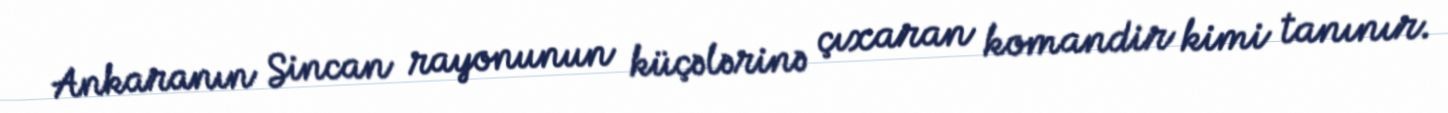
Ankaranın Sincan rayonunun küçələrinə çıxaran komandir kimi tanınır.